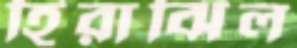
হিরাঝিল